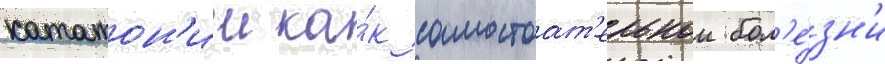
кататон'ии ка́к самостоат'ельнои бол'е́зн'и